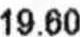
19.60